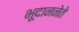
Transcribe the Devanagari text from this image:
भूदाननेते